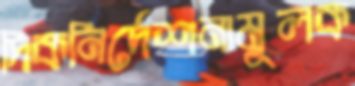
দিকনির্দেশনামূলক